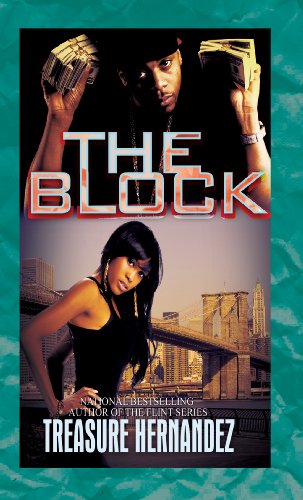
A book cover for The Block (Urban Books); Treasure Hernandez; Romance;